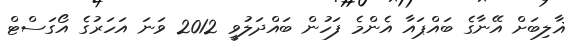
ޣާލިބަށް އޭނާގެ ބައްޕައާ އެންމެ ފަހުން ބައްދަލުވީ 2012 ވަނަ އަހަރުގެ އޯގަސްޓް